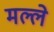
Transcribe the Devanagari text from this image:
मल्ले